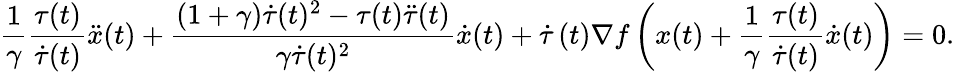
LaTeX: \frac{1}{\gamma}\frac{\tau(t)}{\dot{\tau}(t)}\ddot{x}(t)+\frac{(1+\gamma)\dot{\tau}(t)^{2}-\tau(t)\ddot{\tau}(t)}{\gamma\dot{\tau}(t)^{2}}\dot{x}(t)+\dot{\tau}\left(t\right)\nabla f\left(x(t)+\frac{1}{\gamma}\frac{\tau(t)}{\dot{\tau}(t)}\dot{x}(t)\right)=0.